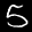
Label: 5